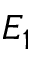
E _ { 1 }